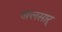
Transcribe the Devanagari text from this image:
खलसार्